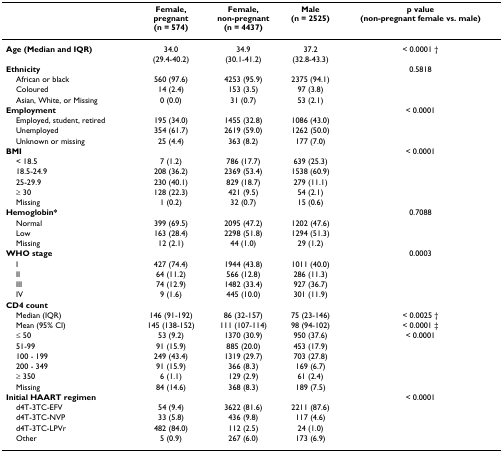
<table><thead><tr><td></td><td><b>Female,pregnant(n = 574)</b></td><td><b>Female,non-pregnant(n = 4437)</b></td><td><b>Male(n = 2525)</b></td><td><b>p value(non-pregnant female vs. male)</b></td></tr></thead><tbody><tr><td><b>Age (Median and IQR)</b></td><td>34.0(29.4-40.2)</td><td>34.9(30.1-41.2)</td><td>37.2(32.8-43.3)</td><td>&lt; 0.0001 †</td></tr><tr><td><b>Ethnicity</b></td><td></td><td></td><td></td><td>0.5818</td></tr><tr><td> African or black</td><td>560 (97.6)</td><td>4253 (95.9)</td><td>2375 (94.1)</td><td></td></tr><tr><td> Coloured</td><td>14 (2.4)</td><td>153 (3.5)</td><td>97 (3.8)</td><td></td></tr><tr><td> Asian, White, or Missing</td><td>0 (0.0)</td><td>31 (0.7)</td><td>53 (2.1)</td><td></td></tr><tr><td><b>Employment</b></td><td></td><td></td><td></td><td>&lt; 0.0001</td></tr><tr><td> Employed, student, retired</td><td>195 (34.0)</td><td>1455 (32.8)</td><td>1086 (43.0)</td><td></td></tr><tr><td> Unemployed</td><td>354 (61.7)</td><td>2619 (59.0)</td><td>1262 (50.0)</td><td></td></tr><tr><td> Unknown or missing</td><td>25 (4.4)</td><td>363 (8.2)</td><td>177 (7.0)</td><td></td></tr><tr><td><b>BMI</b></td><td></td><td></td><td></td><td>&lt; 0.0001</td></tr><tr><td> &lt; 18.5</td><td>7 (1.2)</td><td>786 (17.7)</td><td>639 (25.3)</td><td></td></tr><tr><td> 18.5-24.9</td><td>208 (36.2)</td><td>2369 (53.4)</td><td>1538 (60.9)</td><td></td></tr><tr><td> 25-29.9</td><td>230 (40.1)</td><td>829 (18.7)</td><td>279 (11.1)</td><td></td></tr><tr><td> ≥ 30</td><td>128 (22.3)</td><td>421 (9.5)</td><td>54 (2.1)</td><td></td></tr><tr><td> Missing</td><td>1 (0.2)</td><td>32 (0.7)</td><td>15 (0.6)</td><td></td></tr><tr><td><b>Hemoglobin*</b></td><td></td><td></td><td></td><td>0.7088</td></tr><tr><td> Normal</td><td>399 (69.5)</td><td>2095 (47.2)</td><td>1202 (47.6)</td><td></td></tr><tr><td> Low</td><td>163 (28.4)</td><td>2298 (51.8)</td><td>1294 (51.3)</td><td></td></tr><tr><td> Missing</td><td>12 (2.1)</td><td>44 (1.0)</td><td>29 (1.2)</td><td></td></tr><tr><td><b>WHO stage</b></td><td></td><td></td><td></td><td>0.0003</td></tr><tr><td> I</td><td>427 (74.4)</td><td>1944 (43.8)</td><td>1011 (40.0)</td><td></td></tr><tr><td> II</td><td>64 (11.2)</td><td>566 (12.8)</td><td>286 (11.3)</td><td></td></tr><tr><td> III</td><td>74 (12.9)</td><td>1482 (33.4)</td><td>927 (36.7)</td><td></td></tr><tr><td> IV</td><td>9 (1.6)</td><td>445 (10.0)</td><td>301 (11.9)</td><td></td></tr><tr><td><b>CD4 count</b></td><td></td><td></td><td></td><td></td></tr><tr><td> Median (IQR)</td><td>146 (91-192)</td><td>86 (32-157)</td><td>75 (23-146)</td><td>&lt; 0.0025 †</td></tr><tr><td> Mean (95% CI)</td><td>145 (138-152)</td><td>111 (107-114)</td><td>98 (94-102)</td><td>&lt; 0.0001 ‡</td></tr><tr><td> ≤ 50</td><td>53 (9.2)</td><td>1370 (30.9)</td><td>950 (37.6)</td><td>&lt; 0.0001</td></tr><tr><td> 51-99</td><td>91 (15.9)</td><td>885 (20.0)</td><td>453 (17.9)</td><td></td></tr><tr><td> 100 - 199</td><td>249 (43.4)</td><td>1319 (29.7)</td><td>703 (27.8)</td><td></td></tr><tr><td> 200 - 349</td><td>91 (15.9)</td><td>366 (8.3)</td><td>169 (6.7)</td><td></td></tr><tr><td> ≥ 350</td><td>6 (1.1)</td><td>129 (2.9)</td><td>61 (2.4)</td><td></td></tr><tr><td> Missing</td><td>84 (14.6)</td><td>368 (8.3)</td><td>189 (7.5)</td><td></td></tr><tr><td><b>Initial HAART regimen</b></td><td></td><td></td><td></td><td>&lt; 0.0001</td></tr><tr><td> d4T-3TC-EFV</td><td>54 (9.4)</td><td>3622 (81.6)</td><td>2211 (87.6)</td><td></td></tr><tr><td> d4T-3TC-NVP</td><td>33 (5.8)</td><td>436 (9.8)</td><td>117 (4.6)</td><td></td></tr><tr><td> d4T-3TC-LPVr</td><td>482 (84.0)</td><td>112 (2.5)</td><td>24 (1.0)</td><td></td></tr><tr><td> Other</td><td>5 (0.9)</td><td>267 (6.0)</td><td>173 (6.9)</td><td></td></tr></tbody></table>